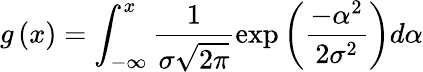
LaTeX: g\left(x\right)=\int_{-\infty}^{x}\frac{1}{\sigma\sqrt{2\pi}}\exp\left(\frac{-\alpha^{2}}{2\sigma^{2}}\right)d\alpha